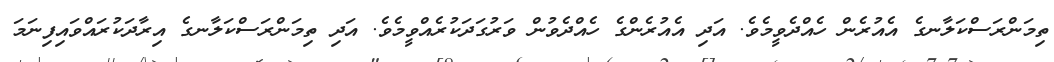
ތިމަންރަސްކަލާނގެ އެއުރެން ހެއްދެވީމެވެ. އަދި އެއުރެންގެ ހެއްދެވުން ވަރުގަދަކުރެއްވީމެވެ. އަދި ތިމަންރަސްކަލާނގެ އިރާދަކުރައްވައިފިނަމަ